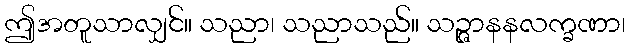
ဤအတူသာလျှင်။ သညာ၊ သညာသည်။ သဉ္ဇာနနလက္ခဏာ၊